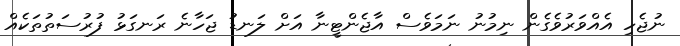
ނުޖެހި އެއްވަރުވެގެން ނިމުނު ނަމަވެސް އާޖެންޓީނާ އަށް ލަނޑު ޖަހާނެ ރަނގަޅު ފުރުސަތުތަކެއް